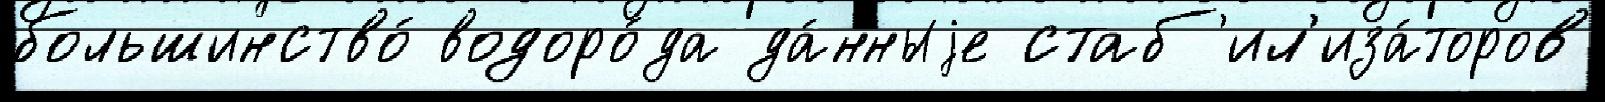
большинство́ водоро́да да́нныjе стаб'ил'иза́торов